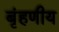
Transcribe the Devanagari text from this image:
बृंहणीय